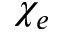
\chi _ { e }